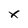
Character: X